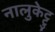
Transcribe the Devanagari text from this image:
नालुकेट्टु